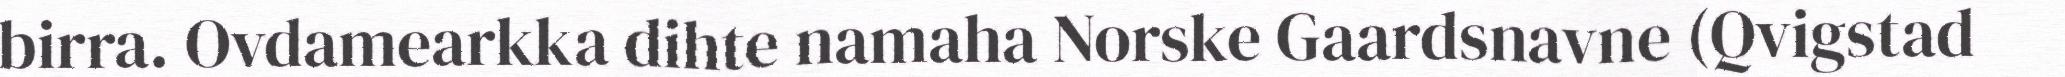
birra. Ovdamearkka dihte namaha Norske Gaardsnavne (Qvigstad